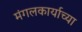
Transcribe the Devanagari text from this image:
मंगलकार्याच्या